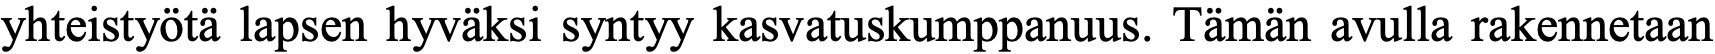
yhteistyötä lapsen hyväksi syntyy kasvatuskumppanuus. Tämän avulla rakennetaan